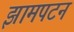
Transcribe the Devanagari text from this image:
झामपटन